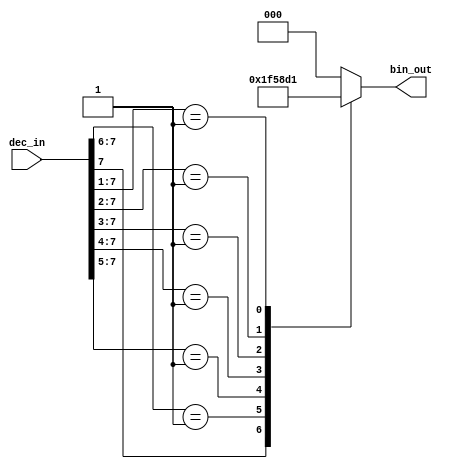
module prio_encoder_8_3 #(
    parameter INPUT_WIDTH = 8,
    parameter OUTPUT_WIDTH = 3
) (
    input[INPUT_WIDTH-1 : 0] dec_in,
    output[OUTPUT_WIDTH-1 : 0] bin_out
);

    always @(dec_in) begin
        casez (dec_in)
            8'b1???????:
                bin_out = 3'b111;

            8'b01??????:
                bin_out = 3'b110;

            8'b001?????:
                bin_out = 3'b101;

            8'b0001????:
                bin_out = 3'b100;

            8'b00001???:
                bin_out = 3'b011;

            8'b000001??:
                bin_out = 3'b010;

            8'b0000001?:
                bin_out = 3'b001;

            8'b00000000:
                bin_out = 3'b000;

            default:
                bin_out = 3'b000;
        endcase
    end
    
endmodule